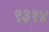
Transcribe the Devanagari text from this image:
९३१४